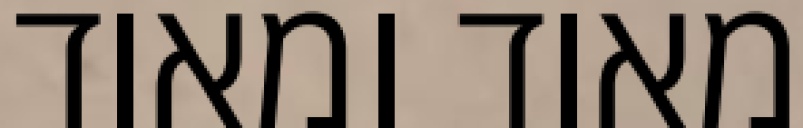
מאוד ומאוד